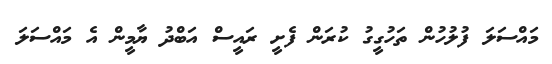
މައްސަލަ ފުލުހުން ތަހުގީގު ކުރަން ފެށީ ރައީސް އަބްދު ޔާމީން އެ މައްސަލަ